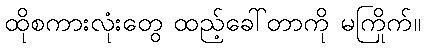
ထိုစကားလုံးတွေ ထည့်ခေါ်တာကို မကြိုက်။